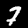
Label: 7